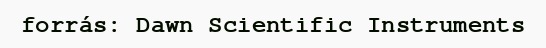
forrás: Dawn Scientific Instruments